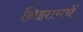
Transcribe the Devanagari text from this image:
निझामचें